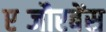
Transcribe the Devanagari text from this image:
एब्जौरबेंस